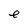
Character: e